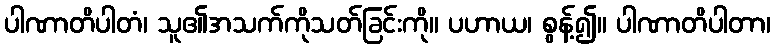
ပါဏာတိပါတံ၊ သူ၏အသက်ကိုသတ်ခြင်းကို။ ပဟာယ၊ စွန့်၍။ ပါဏာတိပါတာ၊